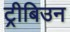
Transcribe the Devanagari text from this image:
ट्रीबिउन